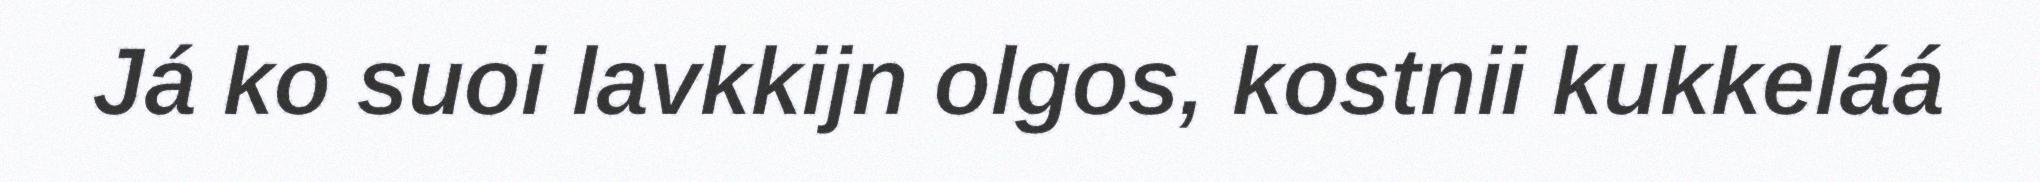
Já ko suoi lavkkijn olgos, kostnii kukkeláá